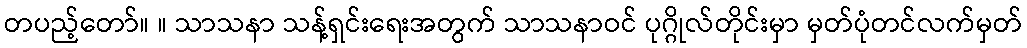
တပည့်တော်။ ။ သာသနာ သန့်ရှင်းရေးအတွက် သာသနာဝင် ပုဂ္ဂိုလ်တိုင်းမှာ မှတ်ပုံတင်လက်မှတ်